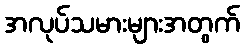
အလုပ်သမားများအတွက်